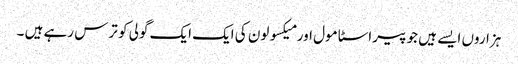
ہزاروں ایسے ہیں جو پیراسٹا مول اور میکسولون کی ایک ایک گولی کو ترس رہے ہیں ۔